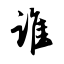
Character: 谁